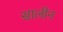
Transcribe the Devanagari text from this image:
सालीन